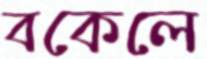
বকেলে